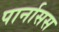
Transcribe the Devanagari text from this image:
पार्नासस